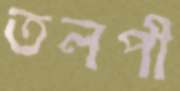
তলপী